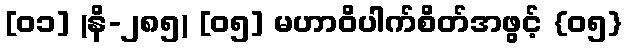
[၀၁] (နိ-၂၈၅) [၀၅] မဟာဝိပါက်စိတ်အဖွင့် {၀၅}